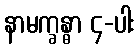
နာမက္ခန္ဓာ ၄-ပါး